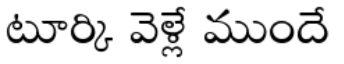
టూర్కి వెళ్లే ముందే